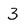
Character: 3